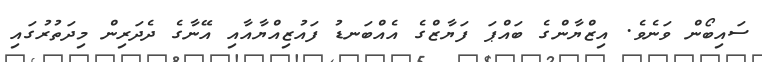
ސައިބޯން ވަނެވެ. އިޒްޔާންގެ ބައްޕަ ފަޔާޒްގެ އެއްބަނޑު ފައުޒިއްޔާއާއި އޭނާގެ ދެދަރިން މިދަތުރުގައި